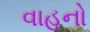
વાહનો